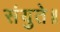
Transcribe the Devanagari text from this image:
संयुते॥